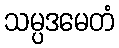
သမ္ပဒမေတံ